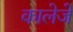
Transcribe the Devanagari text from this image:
कालेजे